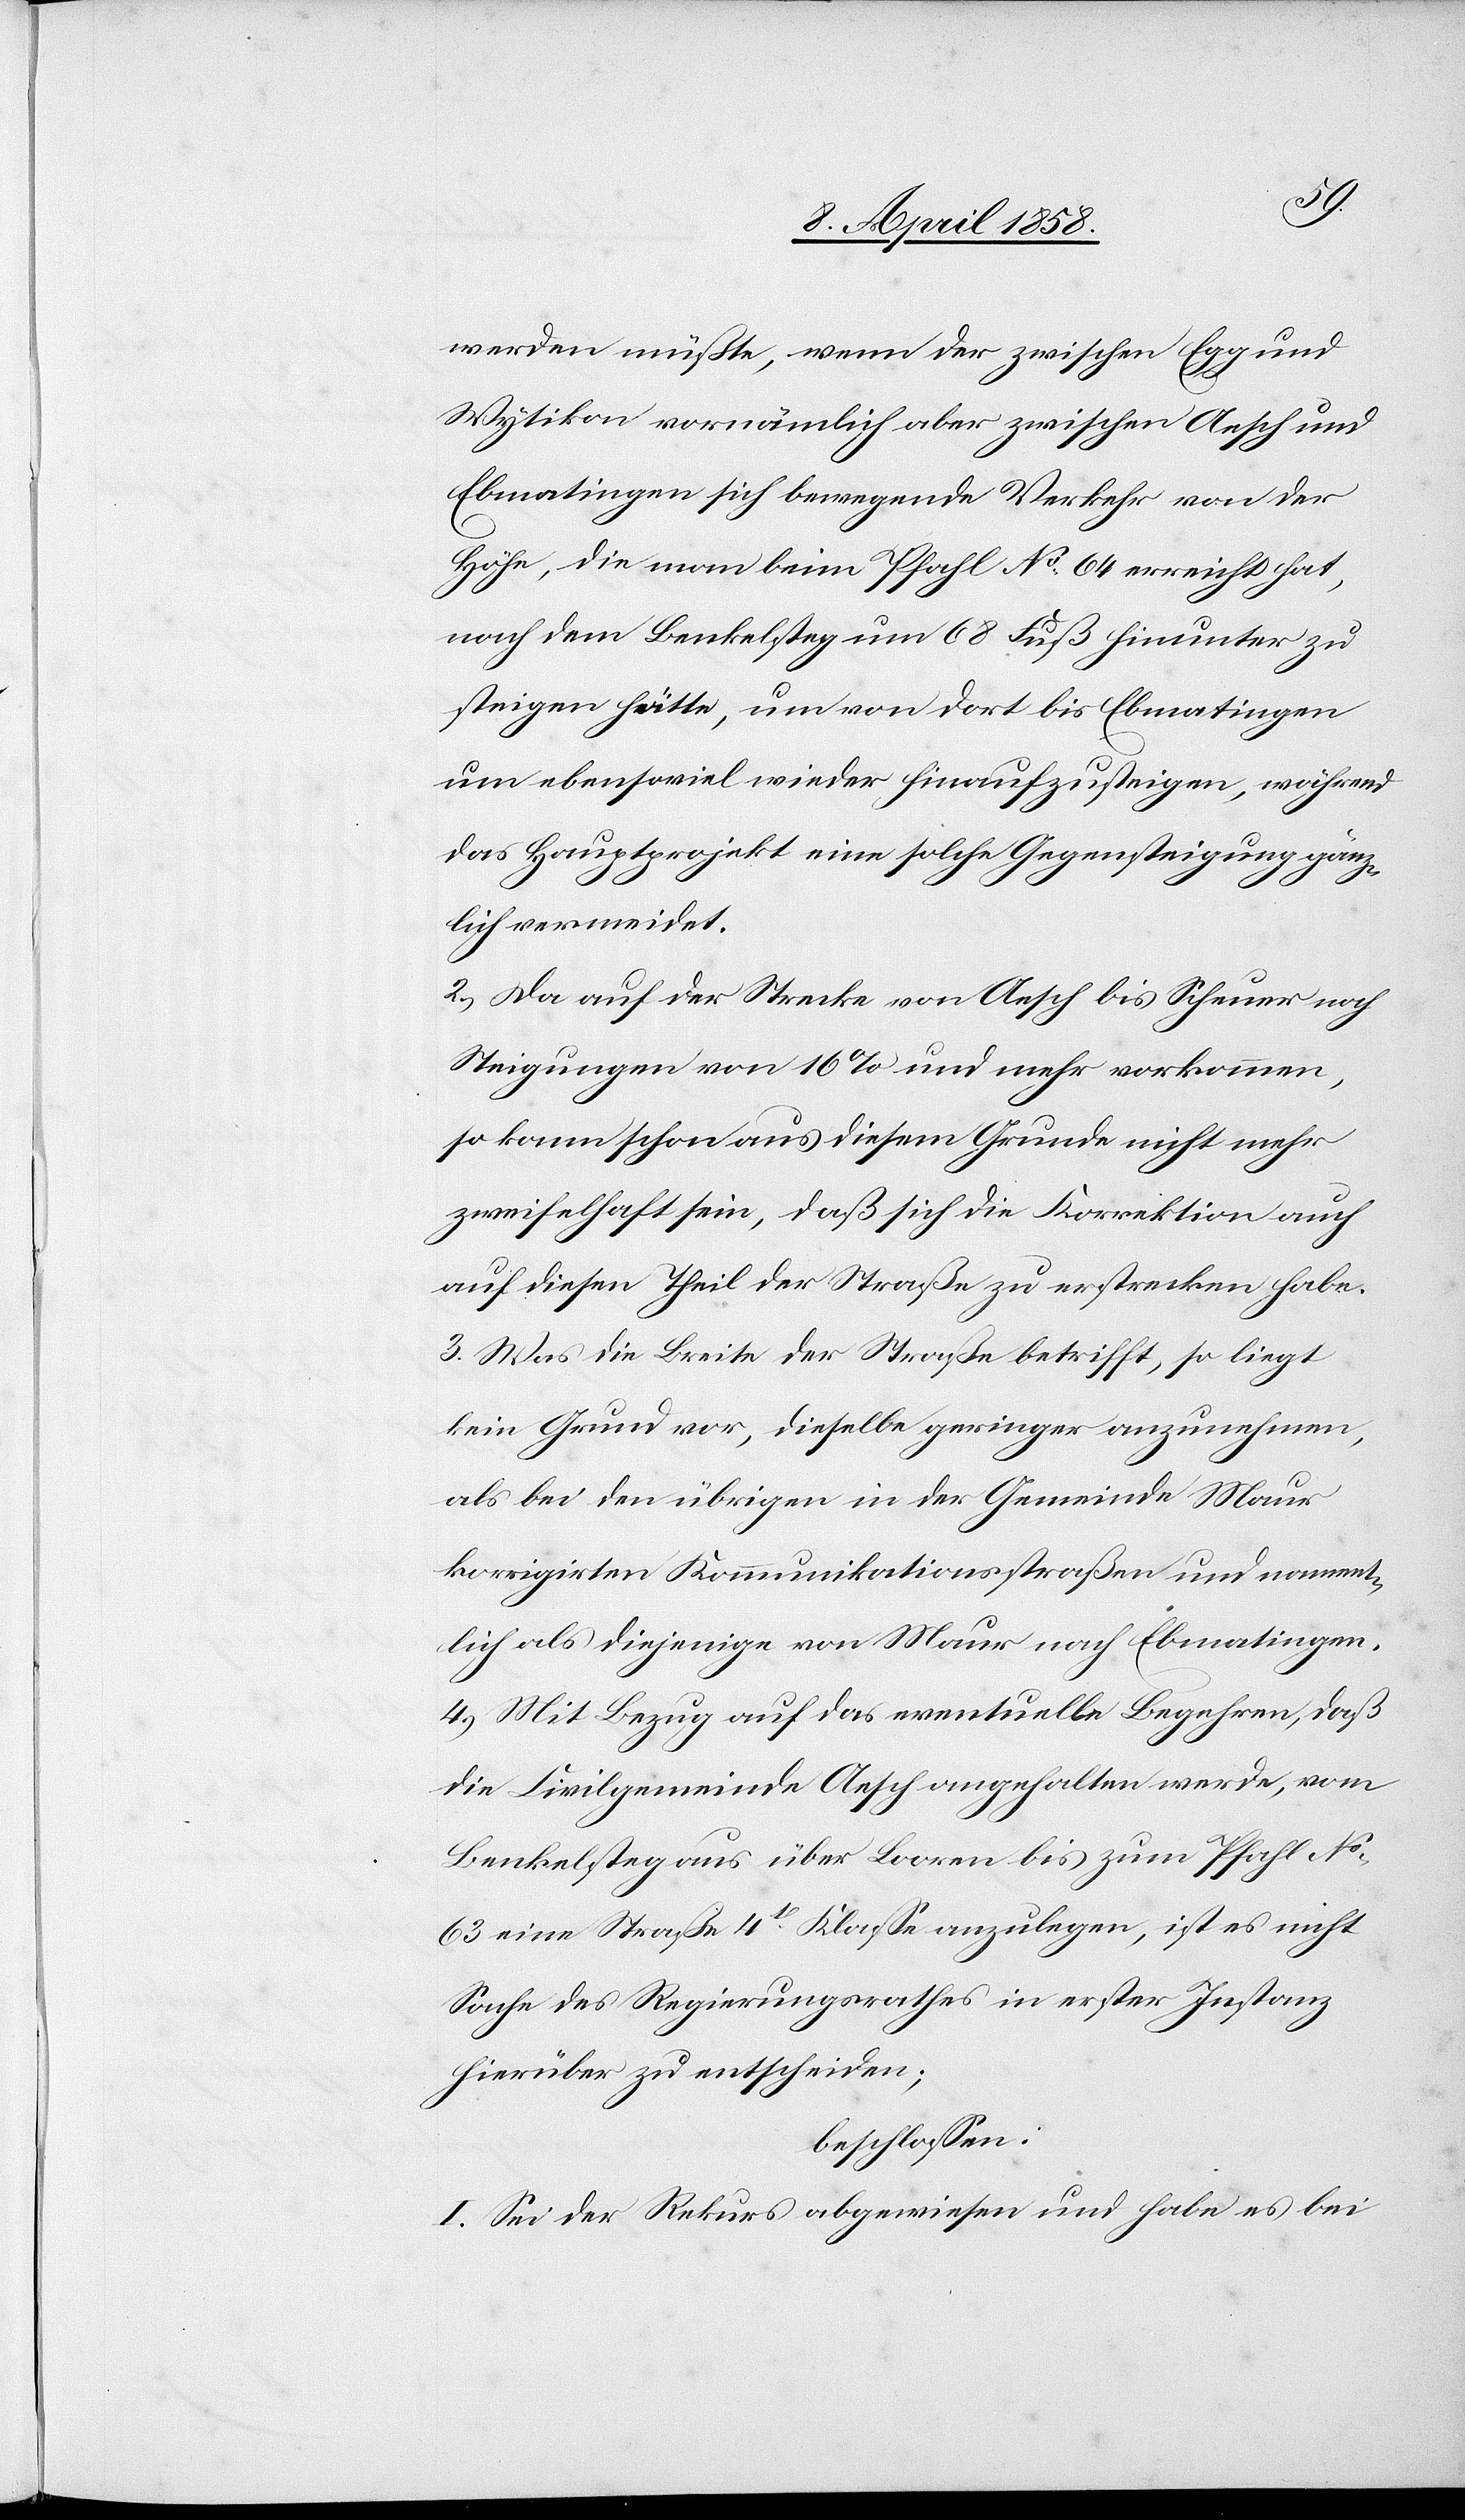
werden müßte, wenn der zwischen Egg und
Wytikon vornämlich aber zwischen Aesch und
Ebmatingen sich bewegende Verkehr von der
Höhe, die man beim Pfahl No 64 erreicht hat,
nach dem Benkelsteg um 68 Fuß hinunter zu
steigen hätte, um von dort bis Ebmatingen
um ebensoviel wieder hinaufzusteigen, während
das Hauptprojekt eine solche Gegensteigung gänz¬
lich vermeidet.
2.) Da auf der Strecke von Aesch bis Scheuer noch
Steigungen von 16% und mehr vorkommen,
so kann schon aus diesem Grunde nicht mehr
zweifelhaft sein, daß sich die Korrektion auch
auf diesen Theil der Straße zu erstrecken habe.
3.) Was die Breite der Straße betrifft, so liegt
kein Grund vor, dieselbe geringer anzunehmen,
als bei den übrigen in der Gemeinde Maur
korrigirten Kommunikationsstraßen und nament¬
lich als diejenige von Maur nach Ebmatingen.
4.) Mit Bezug auf das eventuelle Begehren, daß
die Civilgemeinde Aesch angehalten werde, von
Benkelsteg aus über Looren bis zum Pfahl No
63 eine Straße 4t Klasse anzulegen, ist es nicht
Sache des Regierungsrathes in erster Instanz
hierüber zu entscheiden;
beschlossen:
I. Sei der Rekurs abgewiesen und habe es bei